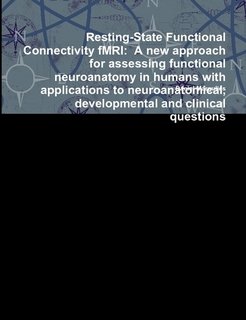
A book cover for Resting-State Functional Connectivity fMRI: A new approach for assessing functional neuroanatomy in humans with applications to neuroanatomical, developmental and clinical questions; Medical Books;